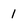
Character: 1